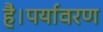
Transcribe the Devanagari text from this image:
है।पर्यावरण